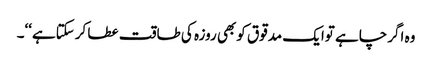
وہ اگرچاہے توایک مدقوق کوبھی روزہ کی طاقت عطا کرسکتاہے‘‘۔